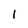
Character: I